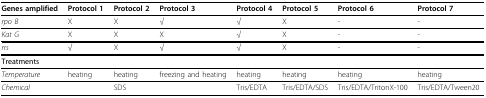
<table><thead><tr><td><b>Genes amplified</b></td><td><b>Protocol 1</b></td><td><b>Protocol 2</b></td><td><b>Protocol 3</b></td><td><b>Protocol 4</b></td><td><b>Protocol 5</b></td><td><b>Protocol 6</b></td><td><b>Protocol 7</b></td></tr></thead><tbody><tr><td><i>rpo B</i></td><td>X</td><td>X</td><td>√</td><td>√</td><td>X</td><td>-</td><td>-</td></tr><tr><td><i>Kat G</i></td><td>X</td><td>X</td><td>X</td><td>√</td><td>X</td><td>-</td><td>-</td></tr><tr><td><i>rrs</i></td><td>√</td><td>X</td><td>√</td><td>√</td><td>X</td><td>-</td><td>-</td></tr><tr><td><b>Treatments</b></td><td></td><td></td><td></td><td></td><td></td><td></td><td></td></tr><tr><td><i>Temperature</i></td><td>heating</td><td>heating</td><td>freezing and heating</td><td>heating</td><td>heating</td><td>heating</td><td>heating</td></tr><tr><td><i>Chemical</i></td><td></td><td>SDS</td><td></td><td>Tris/EDTA</td><td>Tris/EDTA/SDS</td><td>Tris/EDTA/TritonX-100</td><td>Tris/EDTA/Tween20</td></tr></tbody></table>